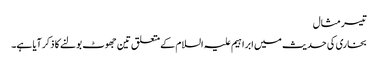
تیسر مثال
بخاری کی حدیث میں ابراہیم علیہ السلام کےمتعلق تین جھوٹ بولنے کا ذکرآیا ہے۔